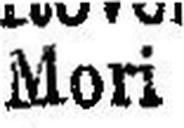
Mori